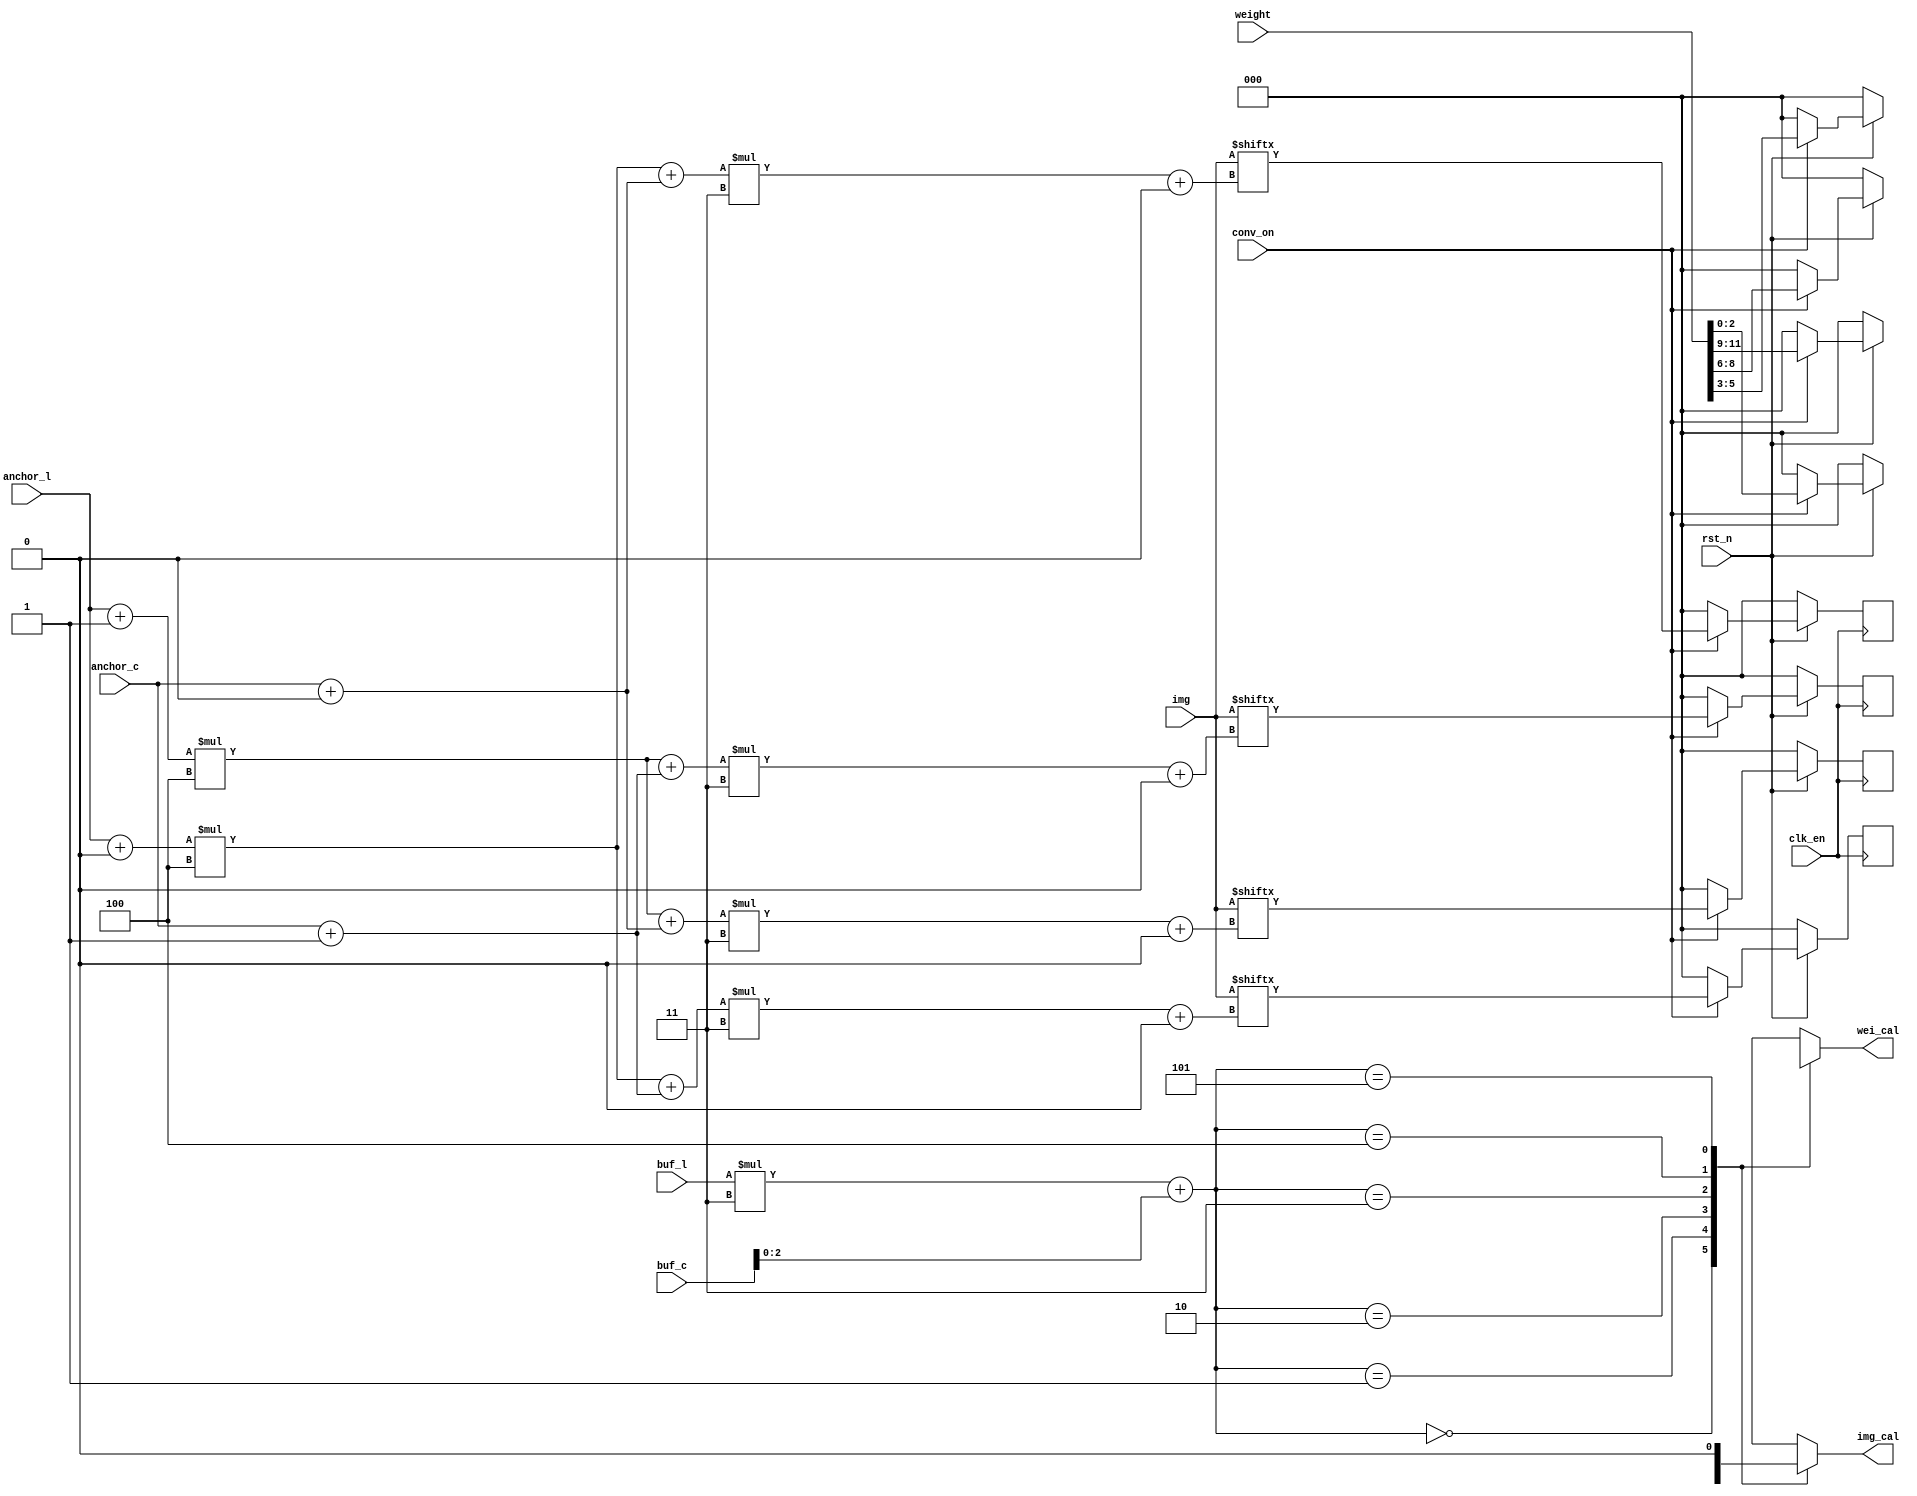
module conv_buffer #(
    parameter weight_width = 2,         
    parameter weight_height = 2,       

    parameter img_width = 4,           
    parameter img_height = 4,          
    
    parameter padding_enable = 0,     
    parameter padding = 0,             

    parameter stride = 1,               
    parameter bitwidth = 3,            
    parameter result_width = (img_width-weight_width+2*padding)/stride+1,      
    parameter result_height = (img_height-weight_height+2*padding)/stride+1,     
    parameter expand = 1        
) (
    input clk_en,
    input rst_n,
    input conv_on,
    
    input [31:0] anchor_l,
    input [31:0] anchor_c,

    input [3:0] buf_l,
    input [3:0] buf_c,

    input [img_width*img_height*bitwidth-1:0]  img,         //
    input [weight_width*weight_height*bitwidth-1:0] weight,//

    output [bitwidth-1:0] img_cal,
    output [bitwidth-1:0] wei_cal
);


reg [bitwidth-1:0] img_buffer [0:weight_width-1][0:weight_height];
reg [3:0] i,j;
always@(posedge clk_en)begin
    if(!rst_n)begin
        for(i=0;i<weight_height;i=i+1)begin
            for(j=0;j<weight_width;j=j+1)begin
                img_buffer[i][j]=0;
            end
        end
    end
    else begin
        if(conv_on)begin
            for(i=0;i<weight_height;i=i+1)begin
                for(j=0;j<weight_width;j=j+1)begin
                    if (padding_enable) begin
                        if((anchor_l+i)<padding|(anchor_l+i)>img_height|(anchor_c+j)<padding|(anchor_c+j)>img_width)begin
                            img_buffer[i][j]=0;
                        end
                        else begin
                        img_buffer[i][j]=img[((anchor_l+i-padding)*img_width+(anchor_c-padding+j))*bitwidth +:bitwidth];
                        end
                    end
                    else begin
                        img_buffer[i][j]=img[((anchor_l+i)*img_width+(anchor_c+j))*bitwidth +:bitwidth];
                    end
                end
            end
        end
        else begin
            for(i=0;i<weight_height;i=i+1)begin
                for(j=0;j<weight_width;j=j+1)begin
                    img_buffer[i][j]=0;
                end
            end          
        end
    end
end

reg [bitwidth-1:0] weight_buffer [0:weight_width-1][0:weight_height];
reg [3:0] m,n;
always@(*)begin
    if(!rst_n)begin
        for(m=0;m<weight_height;m=m+1)begin
            for(n=0;n<weight_width;n=n+1)begin
                weight_buffer[m][n]=0;
            end
        end
    end
    else begin
        if(conv_on)begin
            for(m=0;m<weight_height;m=m+1)begin
                for(n=0;n<weight_width;n=n+1)begin
                    weight_buffer[m][n]=weight[(m*weight_width+n)*bitwidth+:bitwidth];
                end
            end
        end
        else begin
            for(m=0;m<weight_height;m=m+1)begin
                for(n=0;n<weight_width;n=n+1)begin
                    weight_buffer[m][n]=0;
                end
            end
        end
    end
end

assign img_cal=img_buffer[buf_l][buf_c];
assign wei_cal=weight_buffer[buf_l][buf_c];

endmodule